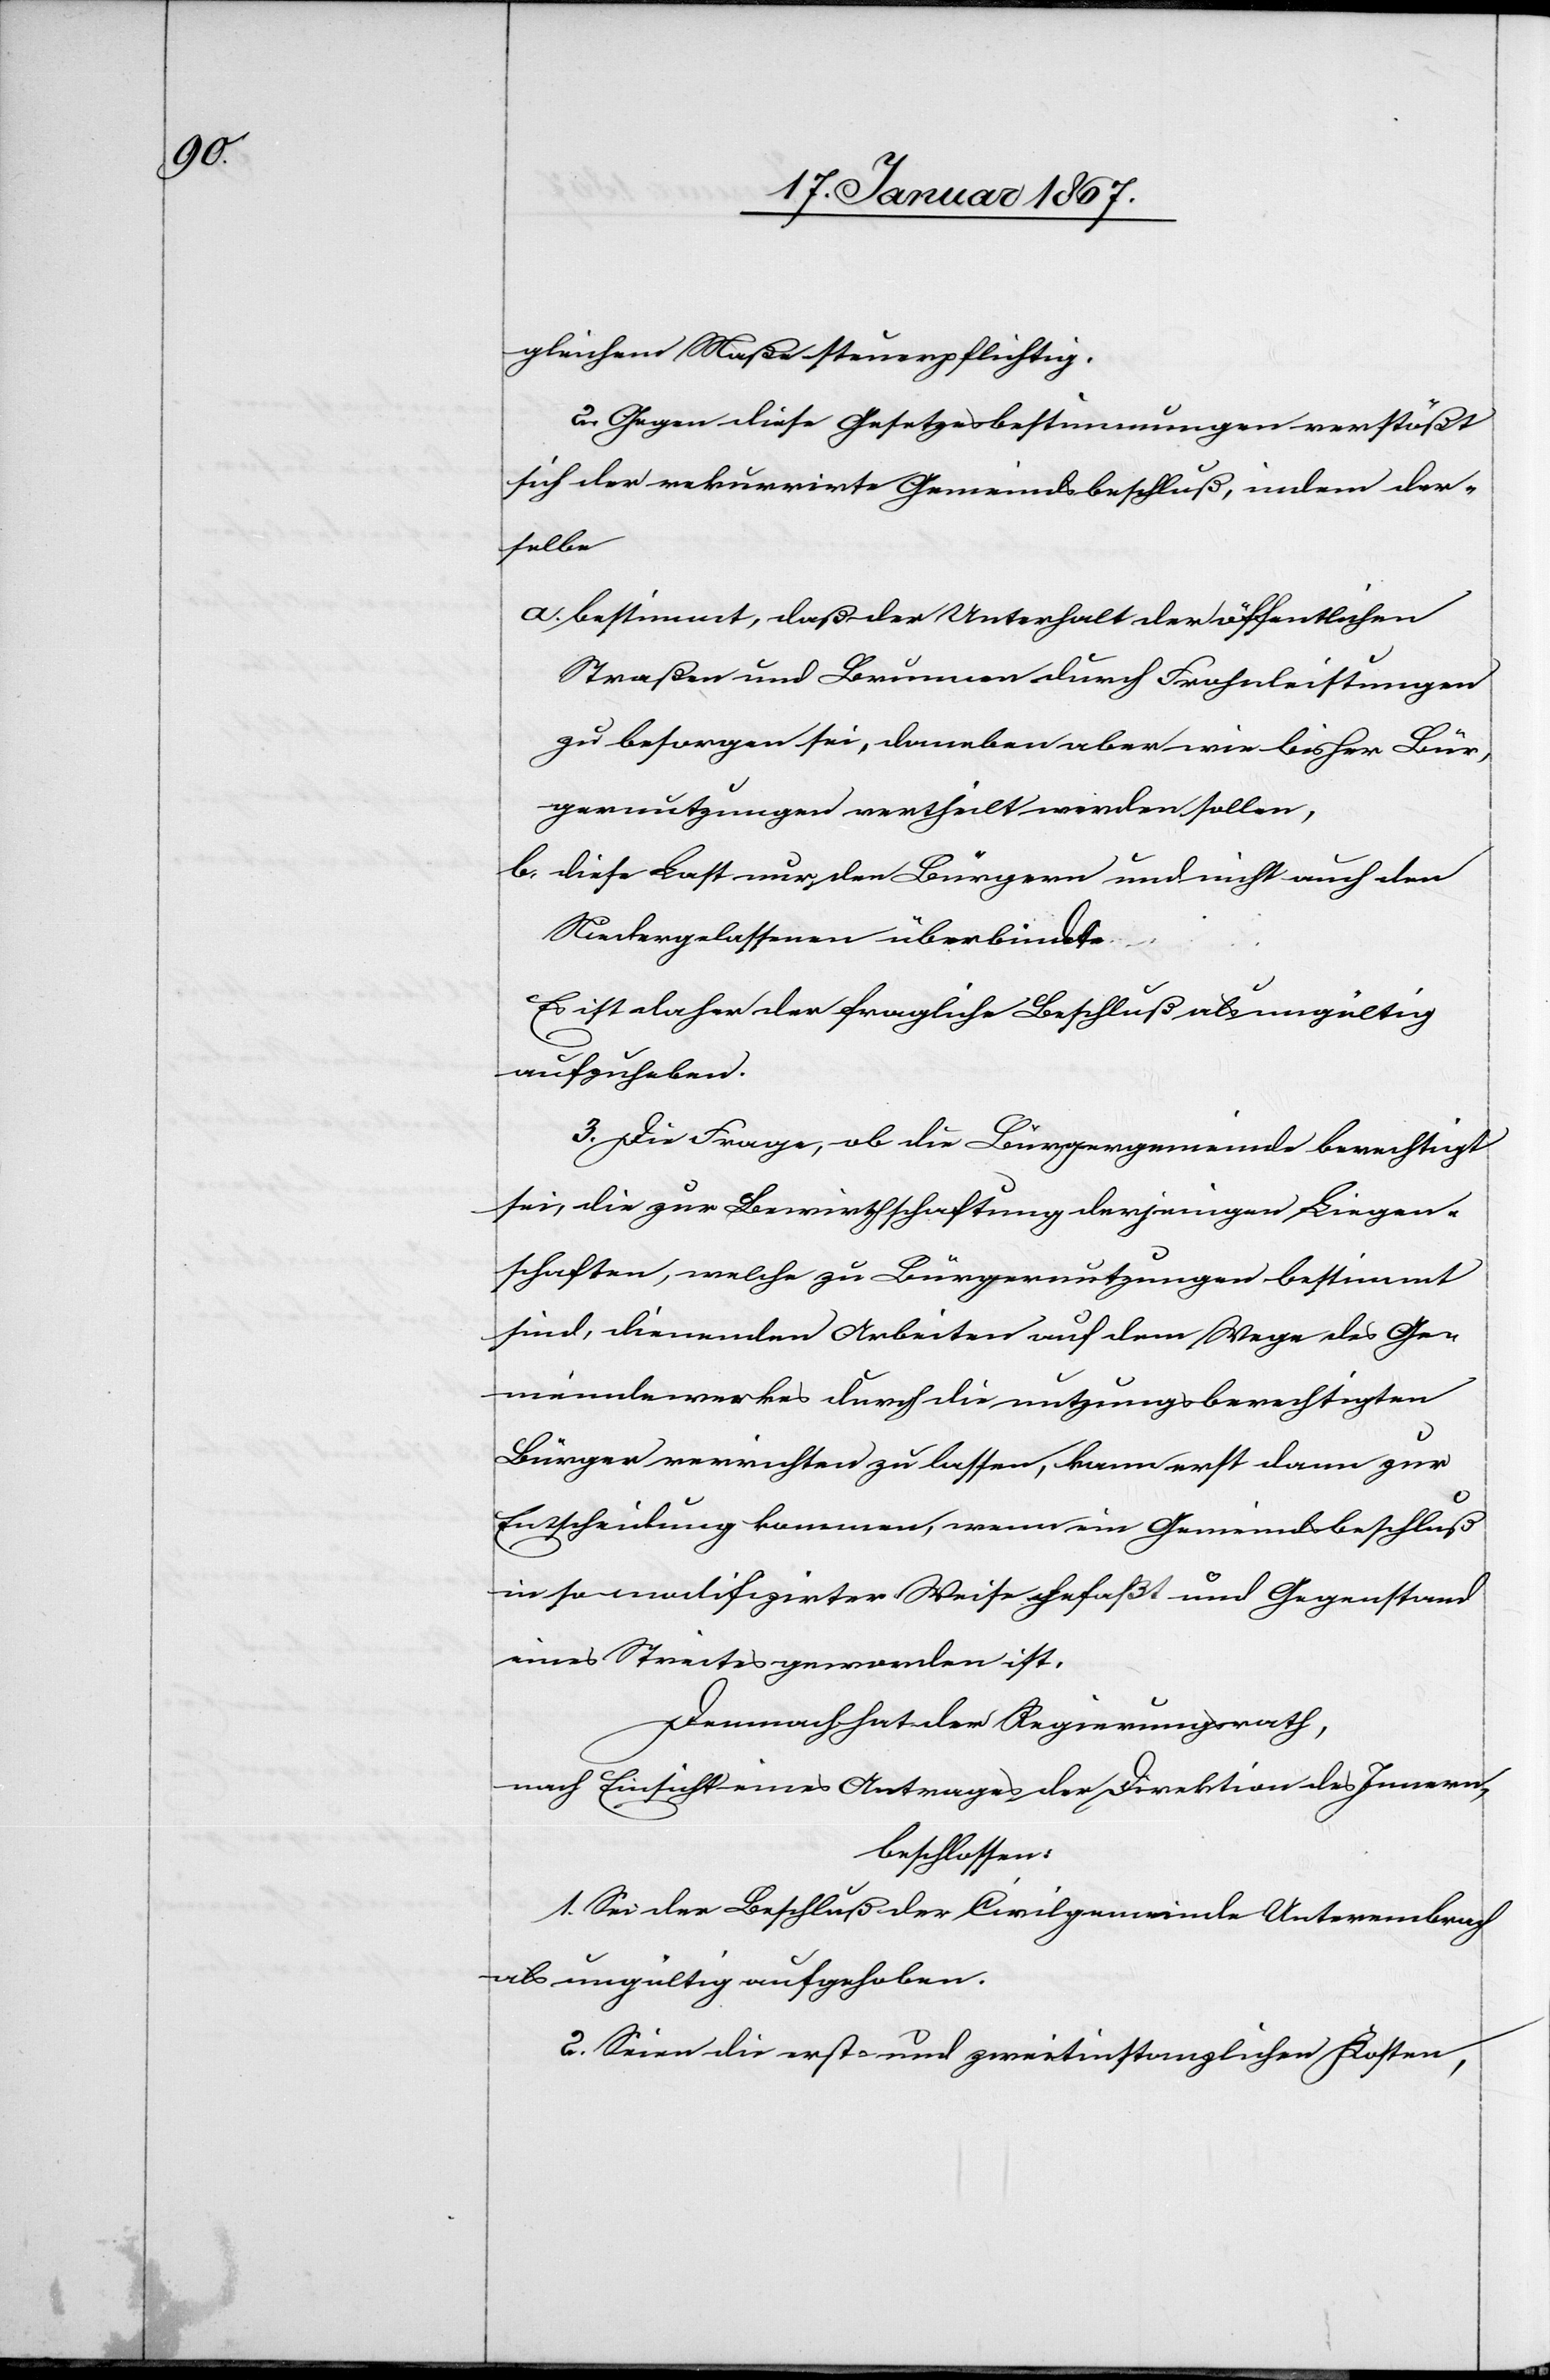
gleichem Maße steuerpflichtig.
2. Gegen diese Gesetzesbestimmungen verstößt
sich der rekurrirte Gemeindsbeschluß, indem der¬
selbe
a. bestimmt, daß der Unterhalt der öffentlichen
Straßen und Brunnen durch Frohnleistungen
zu besorgen sei, daneben aber wie bisher Bür¬
gernutzungen ertheilt werden sollen,
b. diese Last nur den Bürgern und nicht auch den
Niedergelassenen überbindte.
Es ist daher der fragliche Beschluß als ungültig
aufzuheben.
3. Die Frage, ob die Bürgergemeinde berechtigt
sei, die zur Bewirtschaftung derjenigen Liegen¬
schaften, welche zu Bürgernutzungen bestimmt
sind, dienenden Arbeiten auf dem Wege des Ge¬
meindewerkes durch die nutzungsberechtigten
Bürger verrichten zu lassen, kann erst dann zur
Entscheidung kommen, wenn ein Gemeindsbeschluß
in so modifizirter Weise gefaßt und Gegenstand
eines Streites geworden ist.
Demnach hat der Regierungsrath,
nach Einsicht eines Antrages der Direktion des Innern,
beschlossen:
1. Sie der Beschluß der Civilgemeinde Unterembrach
als ungültig aufgehoben.
2. Seien die erst- und zweitinstanzlichen Kosten,